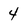
Character: 4